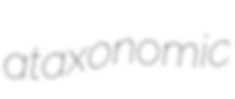
ataxonomic